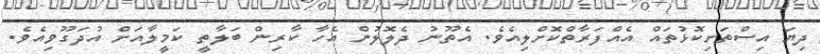
ދިޔަ އިސްތަށިކޮޅުތައް އެއްފަރާތްކޮށްލިއެވެ. އެތޫނު ދެލޮލުން އެހާ ކާރިން ބަލާތީ ކަމީލާއަށް އުދަގޫވިއެވެ.